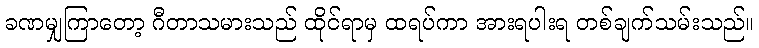
ခဏမျှကြာတော့ ဂီတာသမားသည် ထိုင်ရာမှ ထရပ်ကာ အားရပါးရ တစ်ချက်သမ်းသည်။